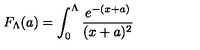
F _ { \Lambda } ( a ) = \int _ { 0 } ^ { \Lambda } \frac { e ^ { - ( x + a ) } } { ( x + a ) ^ { 2 } }